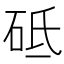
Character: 砥